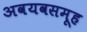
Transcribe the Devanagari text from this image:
अवयवसमूह